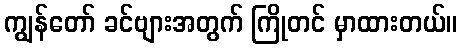
ကျွန်တော် ခင်ဗျားအတွက် ကြိုတင် မှာထားတယ်။